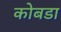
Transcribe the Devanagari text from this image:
कोबडा